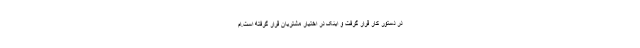
در دستور کار قرار گرفت و اینک در اختیار مشتریان قرار گرفته است.ام